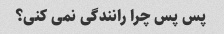
پس پس چرا رانندگی نمی کنی؟